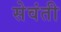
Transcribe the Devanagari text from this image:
सेवंती